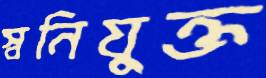
স্বনিযুক্ত